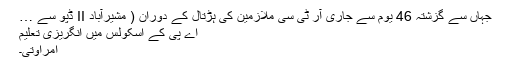
جہاں سے گزشتہ 46 یوم سے جاری آر ٹی سی ملازمین کی ہڑتال کے دوران ( مشیرآباد II ڈپو سے …
اے پی کے اسکولس میں انگریزی تعلیم
امراوتی۔